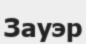
Зауэр